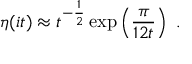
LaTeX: \eta ( i t ) \approx t ^ { - \frac { 1 } { 2 } } \exp \left( \frac { \pi } { 1 2 t } \right) ~ .